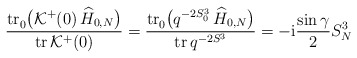
\begin{align*} \frac{ {\rm tr}{\vphantom|}_0 \bigl( {\cal K}^+ (0) \, \widehat{H}_{0,N} \bigr) }{ {\rm tr}\, {\cal K}^+ (0) } = \frac{ {\rm tr}{\vphantom|}_0 \bigl( q^{-2 S_0^3} \, \widehat{H}_{0,N} \bigr) }{ {\rm tr}\, q^{-2 S^3} } = - {\rm i} \frac{\sin\gamma}{2} S_N^3\end{align*}